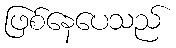
ဖြစ်နေပေသည်